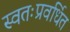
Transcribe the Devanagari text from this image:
स्वतःप्रवर्धित